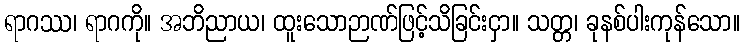
ရာဂဿ၊ ရာဂကို။ အဘိညာယ၊ ထူးသောဉာဏ်ဖြင့်သိခြင်းငှာ။ သတ္တ၊ ခုနစ်ပါးကုန်သော။